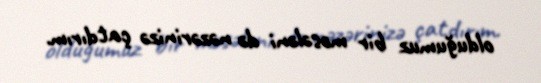
olduğumuz bir məsələni də nəzərinizə çatdırım.